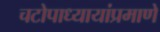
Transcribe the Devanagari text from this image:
चटोपाध्यायांप्रमाणे